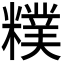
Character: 𥼜